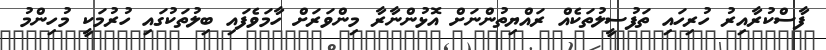
ފާސްކުރާއިރު ހުރިހައި ތަފުސީލުތަކެއް ރައްޔިތުންނަށް އޮޅުންނާރާ މިންވަރަށް ހާމަވެފައި ބިލުތަކުގައި ހުރުމަކީ މުހިންމު